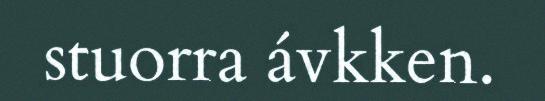
stuorra ávkken.